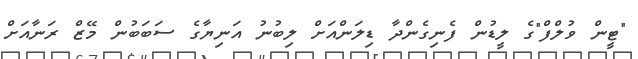
"ޓީން ވުލްފް"ގެ ލީޑުން ފެނިގެންދާ ޑިލަންއަށް ލިބުނު އަނިޔާގެ ސަބަބުން މޭޒް ރަނާއަށް